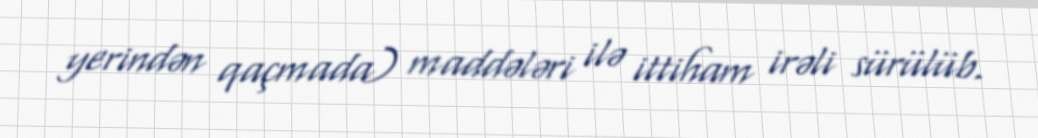
yerindən qaçmada) maddələri ilə ittiham irəli sürülüb.